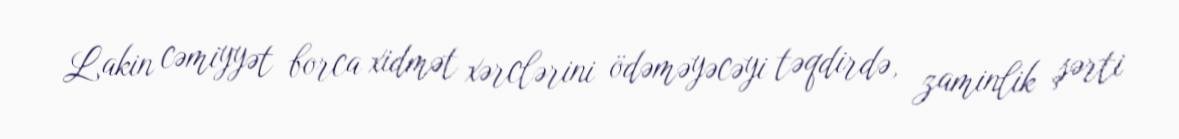
Lakin cəmiyyət borca xidmət xərclərini ödəməyəcəyi təqdirdə, zaminlik şərti